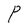
Character: P